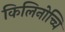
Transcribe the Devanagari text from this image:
किलिनोच्चि